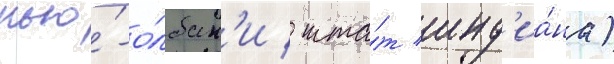
нью́-о́лбан'и / шта́т инд'иа́на)